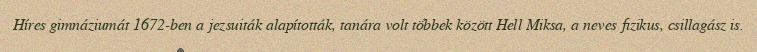
Híres gimnáziumát 1672-ben a jezsuiták alapították, tanára volt többek között Hell Miksa, a neves fizikus, csillagász is.